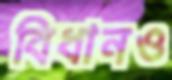
বিধানও